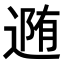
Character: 𨔳